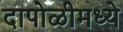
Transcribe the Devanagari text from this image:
दापोळीमध्ये